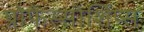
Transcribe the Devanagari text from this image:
प्रोफेस्सोर्शिप्स